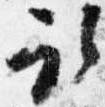
取